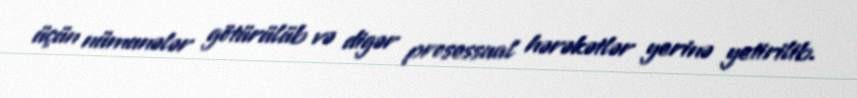
üçün nümunələr götürülüb və digər prosessual hərəkətlər yerinə yetirilib.